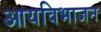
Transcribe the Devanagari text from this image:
आयविभाजन